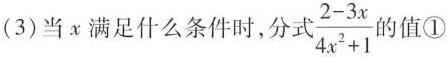
(3)当χ满足什么条件时，分\frac{2-3x}{4x^{2}+1}的值①